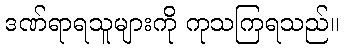
ဒဏ်ရာရသူများကို ကုသကြရသည်။